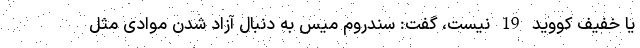
یا خفیف کووید 19 نیست، گفت: سندروم میس به دنبال آزاد شدن موادی مثل